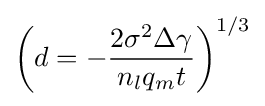
\left(d=-{\frac {2\sigma ^{2}\Delta \gamma }{n_{l}q_{m}t}}\right)^{1/3}